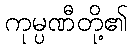
ကုမ္ပဏီတို့၏